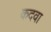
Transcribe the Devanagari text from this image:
कदवा